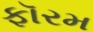
ફૉરમ